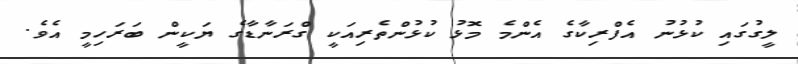
ލީގުގައި ކުޅުނު އެފްރިކާގެ އެންމެ މޮޅު ކުޅުންތެރިއަކީ ގްރަނާޑާގެ ޔަކީން ބަރަހިމީ އެވެ.